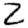
Digit: 2